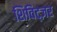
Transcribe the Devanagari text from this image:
शिविट्ज़र